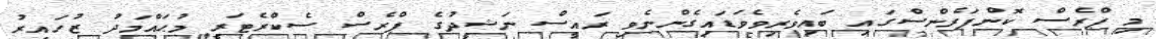
މި ޕްރެސް ކޮންފަރެންސްގައި ބައިވެރިވެވަޑައިގެންނެވި ރައީސް ނަޝީދުގެ ޕްރެސް ސެކްރެޓަރީ މުޙައްމަދު ޒުހައިރު